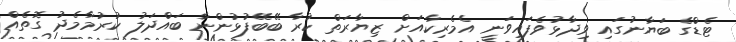
ޓެޑްގެ ބަޔާނުގައި ވިދާޅުވެފައިވަނީ އެމެރިކާއަށް ޒިޔާރަތް ކުރާ ބޭބޭފުޅުންނާ ބައްދަލު ކުރުމާމެދު ގޮތެއް